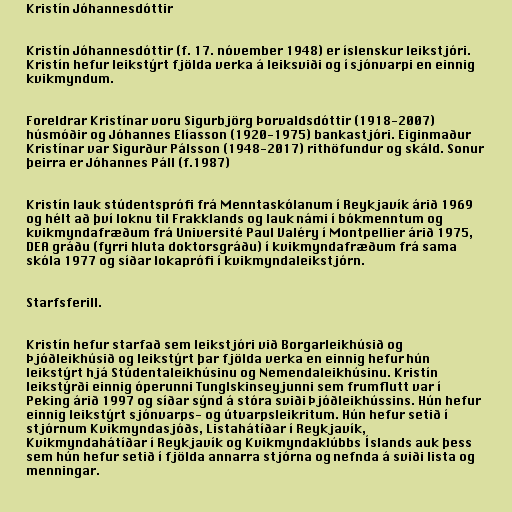
Kristín Jóhannesdóttir

Kristín Jóhannesdóttir (f. 17. nóvember 1948) er íslenskur leikstjóri.
Kristín hefur leikstýrt fjölda verka á leiksviði og í sjónvarpi en einnig
kvikmyndum.

Foreldrar Kristínar voru Sigurbjörg Þorvaldsdóttir (1918-2007)
húsmóðir og Jóhannes Elíasson (1920-1975) bankastjóri. Eiginmaður
Kristínar var Sigurður Pálsson (1948-2017) rithöfundur og skáld. Sonur
þeirra er Jóhannes Páll (f.1987)

Kristín lauk stúdentsprófi frá Menntaskólanum í Reykjavík árið 1969
og hélt að því loknu til Frakklands og lauk námi í bók­mennt­um og
kvik­mynda­fræðum frá Uni­versité Paul Valéry í Mont­p­ellier árið 1975,
DEA gráðu (fyrri hluta doktors­gráðu) í kvik­mynda­fræðum frá sama
skóla 1977 og síðar loka­prófi í kvik­mynda­leik­stjórn.

Starfsferill.

Kristín hefur starfað sem leikstjóri við Borgarleikhúsið og
Þjóðleikhúsið og leikstýrt þar fjölda verka en einnig hefur hún
leikstýrt hjá Stúdentaleikhúsinu og Nemendaleikhúsinu. Kristín
leikstýrði einnig óperunni Tunglskinseyjunni sem frumflutt var í
Peking árið 1997 og síðar sýnd á stóra sviði Þjóðleikhússins. Hún hefur
einnig leikstýrt sjónvarps- og útvarpsleikritum. Hún hefur setið í
stjórnum Kvikmyndasjóðs, Listahátíðar í Reykjavík,
Kvikmyndahátíðar í Reykjavík og Kvikmyndaklúbbs Íslands auk þess
sem hún hefur setið í fjölda annarra stjórna og nefnda á sviði lista og
menningar.